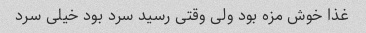
غذا خوش مزه بود ولی وقتی رسید سرد بود خیلی سرد